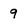
Character: 9